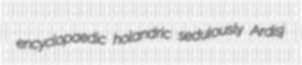
encyclopaedic holandric sedulously Ardisj